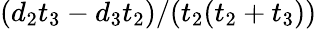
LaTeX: (d_{2}t_{3}-d_{3}t_{2})/(t_{2}(t_{2}+t_{3}))